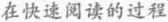
在快速阅读的过程